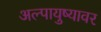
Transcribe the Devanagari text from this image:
अल्पायुष्यावर